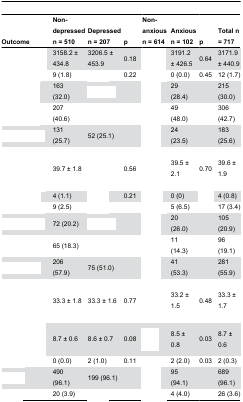
<table><thead><tr><td><b>Outcome</b></td><td><b>Non- depressed n = 510</b></td><td><b>Depressed n = 207</b></td><td><b>p</b></td><td><b>Non-anxious n = 614</b></td><td><b>Anxious n = 102</b></td><td><b>p</b></td><td><b>Total n = 717</b></td></tr></thead><tbody><tr><td>[EMPTY_CELL]</td><td>3158.2 ± 434.8 </td><td>3206.5 ± 453.9</td><td>0.18</td><td>[EMPTY_CELL]</td><td>3191.2 ± 426.5</td><td>0.64</td><td>3171.9 ± 440.9</td></tr><tr><td>[EMPTY_CELL]</td><td>9 (1.8)</td><td>[EMPTY_CELL]</td><td>0.22</td><td>[EMPTY_CELL]</td><td>0 (0.0)</td><td>0.45</td><td>12 (1.7)</td></tr><tr><td>[EMPTY_CELL]</td><td>163 (32.0)</td><td>[EMPTY_CELL]</td><td>[EMPTY_CELL]</td><td>[EMPTY_CELL]</td><td>29 (28.4)</td><td>[EMPTY_CELL]</td><td>215 (30.0)</td></tr><tr><td>[EMPTY_CELL]</td><td>207 (40.6)</td><td>[EMPTY_CELL]</td><td>[EMPTY_CELL]</td><td>[EMPTY_CELL]</td><td>49 (48.0)</td><td>[EMPTY_CELL]</td><td>306 (42.7)</td></tr><tr><td>[EMPTY_CELL]</td><td>131 (25.7)</td><td>52 (25.1)</td><td>[EMPTY_CELL]</td><td>[EMPTY_CELL]</td><td>24 (23.5)</td><td>[EMPTY_CELL]</td><td>183 (25.6)</td></tr><tr><td>[EMPTY_CELL]</td><td>39.7 ± 1.8 </td><td>[EMPTY_CELL]</td><td>0.56</td><td>[EMPTY_CELL]</td><td>39.5 ± 2.1</td><td>0.70</td><td>39.6 ± 1.9</td></tr><tr><td>[EMPTY_CELL]</td><td>4 (1.1)</td><td>[EMPTY_CELL]</td><td>0.21</td><td>[EMPTY_CELL]</td><td>0 (0)</td><td>[EMPTY_CELL]</td><td>4 (0.8)</td></tr><tr><td>[EMPTY_CELL]</td><td>9 (2.5)</td><td>[EMPTY_CELL]</td><td>[EMPTY_CELL]</td><td>[EMPTY_CELL]</td><td>5 (6.5)</td><td>[EMPTY_CELL]</td><td>17 (3.4)</td></tr><tr><td>[EMPTY_CELL]</td><td>72 (20.2)</td><td>[EMPTY_CELL]</td><td>[EMPTY_CELL]</td><td>[EMPTY_CELL]</td><td>20 (26.0)</td><td>[EMPTY_CELL]</td><td>105 (20.9)</td></tr><tr><td>[EMPTY_CELL]</td><td>65 (18.3)</td><td>[EMPTY_CELL]</td><td>[EMPTY_CELL]</td><td>[EMPTY_CELL]</td><td>11 (14.3)</td><td>[EMPTY_CELL]</td><td>96 (19.1)</td></tr><tr><td>[EMPTY_CELL]</td><td>206 (57.9)</td><td>75 (51.0)</td><td>[EMPTY_CELL]</td><td>[EMPTY_CELL]</td><td>41 (53.3)</td><td>[EMPTY_CELL]</td><td>281 (55.9)</td></tr><tr><td>[EMPTY_CELL]</td><td>33.3 ± 1.8</td><td>33.3 ± 1.6</td><td>0.77</td><td>[EMPTY_CELL]</td><td>33.2 ± 1.5</td><td>0.48</td><td>33.3 ± 1.7</td></tr><tr><td>[EMPTY_CELL]</td><td>8.7 ± 0.6</td><td>8.6 ± 0.7</td><td>0.08</td><td>[EMPTY_CELL]</td><td>8.5 ± 0.8</td><td>0.03</td><td>8.7 ± 0.6</td></tr><tr><td>[EMPTY_CELL]</td><td> 0 (0.0)</td><td>2 (1.0)</td><td>0.11</td><td>[EMPTY_CELL]</td><td>2 (2.0)</td><td>0.03</td><td>2 (0.3)</td></tr><tr><td>[EMPTY_CELL]</td><td>490 (96.1)</td><td>199 (96.1)</td><td>[EMPTY_CELL]</td><td>[EMPTY_CELL]</td><td>95 (94.1)</td><td>[EMPTY_CELL]</td><td>689 (96.1)</td></tr><tr><td>[EMPTY_CELL]</td><td>20 (3.9)</td><td>[EMPTY_CELL]</td><td>[EMPTY_CELL]</td><td>[EMPTY_CELL]</td><td>4 (4.0)</td><td>[EMPTY_CELL]</td><td>26 (3.6)</td></tr></tbody></table>